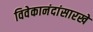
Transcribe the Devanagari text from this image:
विवेकानंदांसारखे